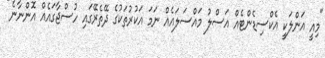
"މިއީ އަންލަކީ އެކްސިޑެންޓެއް އަސްލު މައްސަލައެއް ނަމަ އަކުރުތަކުގެ ދޭތެރޭގައި ހުސްޖާގައެއް އޮންނާނެ"